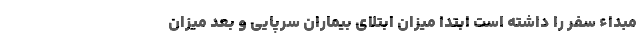
مبداء سفر را داشته است ابتدا میزان ابتلای بیماران سرپایی و بعد میزان